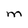
Character: M